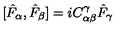
[ \hat { F } _ { \alpha } , \hat { F } _ { \beta } ] = i C _ { \alpha \beta } ^ { \gamma } \hat { F } _ { \gamma }